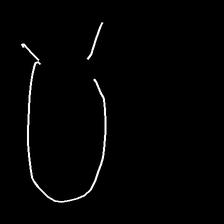
Glyph: weave